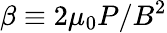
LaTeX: \beta\equiv 2\mu_{0}P/B^{2}